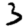
Digit: 3